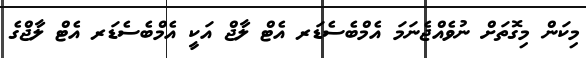
މިކަން މިގޮތަށް ނުވެއްޖެނަމަ އެމްބެސެޑަރ އެޓް ލާޖް އަކީ އެމްބެސެޑަރ އެޓް ލާޖްގެ